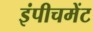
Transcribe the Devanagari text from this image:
इंपीचमेंट